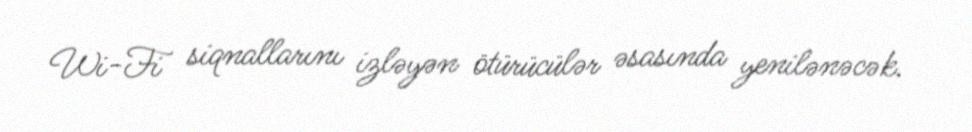
Wi-Fi siqnallarını izləyən ötürücülər əsasında yenilənəcək.